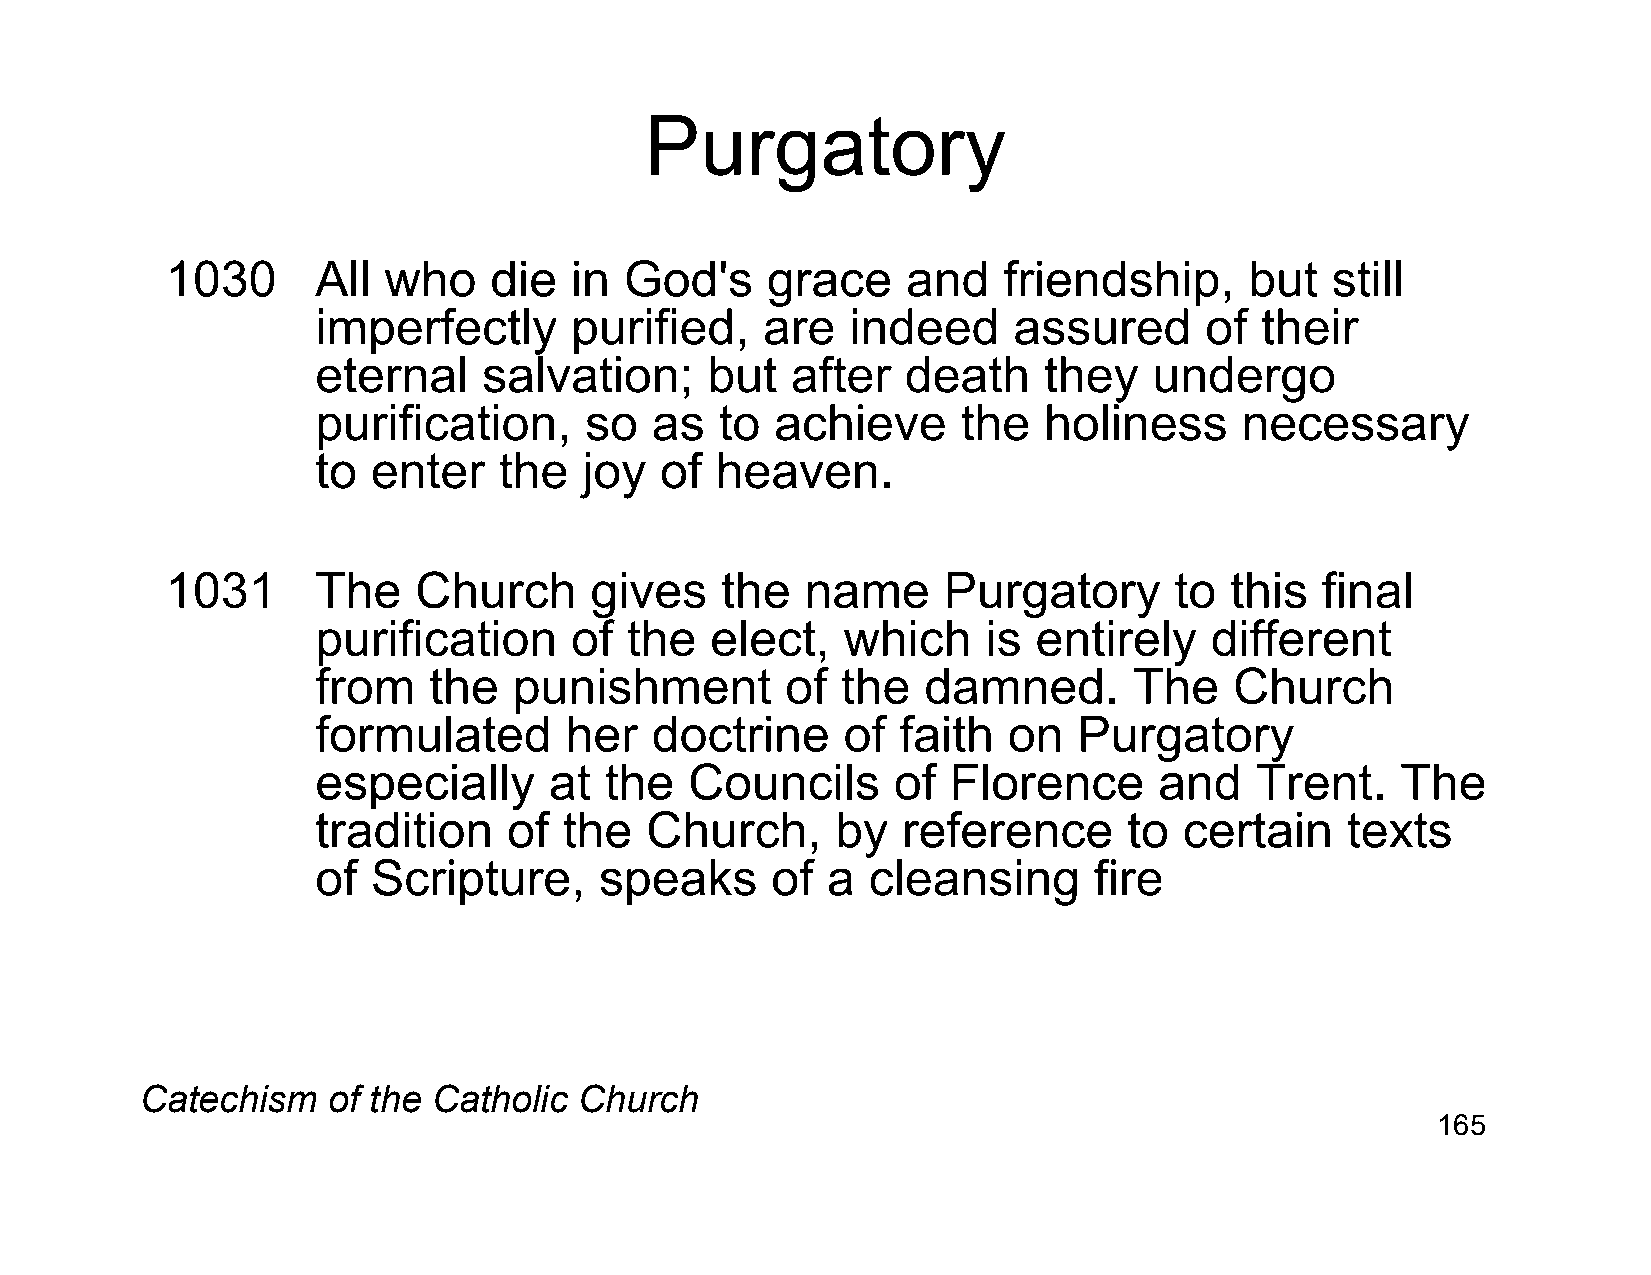
Purgatory
 1030      All who    die   in God's     grace    and   friendship,      but  still
 imperfectly      purified,   are   indeed     assured      of their
 eternal    salvation;     but  after   death    they   undergo
 purification,     so  as   to achieve      the  holiness     necessary
 to  enter   the   joy  of heaven.
 1031      The   Church      gives    the  name     Purgatory       to this  final
 purification     of the   elect,   which    is  entirely   different
 from   the   punishment        of  the  damned.       The    Church
 formulated      her   doctrine     of  faith  on  Purgatory
 especially     at  the   Councils     of  Florence      and   Trent.    The
 tradition    of the   Church,     by   reference      to certain    texts
 of  Scripture,     speaks     of  a cleansing      fire
 Catechism    of the Catholic Church
 165